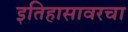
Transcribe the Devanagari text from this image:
इतिहासावरचा